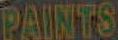
PAINTS